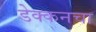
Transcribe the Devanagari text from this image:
डेक्कनचा